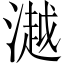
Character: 𣾼